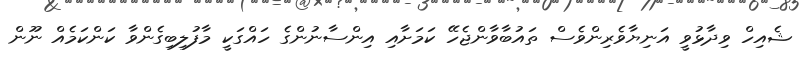
ޝެއިހް ވިދާޅުވީ އަނިޔާވެރިންވެސް ތައުބާވާންޖެހޭ ކަމަށާއި އިންސާނުންގެ ހައްގަކީ މާފުލިބިގެންވާ ކަންކަމެއް ނޫން